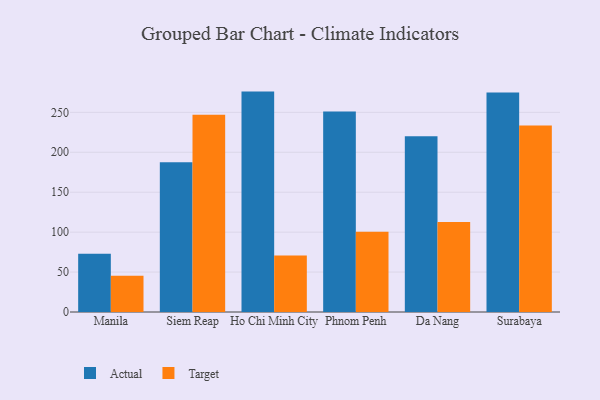
{"axis": {"x": "City", "y": "Operating Costs (USD K)"}, "legend": ["Actual", "Target"], "data": [{"x": "Manila", "y": 73.1, "type": "Actual"}, {"x": "Manila", "y": 45.4, "type": "Target"}, {"x": "Siem Reap", "y": 187.4, "type": "Actual"}, {"x": "Siem Reap", "y": 246.9, "type": "Target"}, {"x": "Ho Chi Minh City", "y": 276.0, "type": "Actual"}, {"x": "Ho Chi Minh City", "y": 70.9, "type": "Target"}, {"x": "Phnom Penh", "y": 251.0, "type": "Actual"}, {"x": "Phnom Penh", "y": 100.6, "type": "Target"}, {"x": "Da Nang", "y": 220.1, "type": "Actual"}, {"x": "Da Nang", "y": 112.8, "type": "Target"}, {"x": "Surabaya", "y": 274.8, "type": "Actual"}, {"x": "Surabaya", "y": 233.6, "type": "Target"}]}